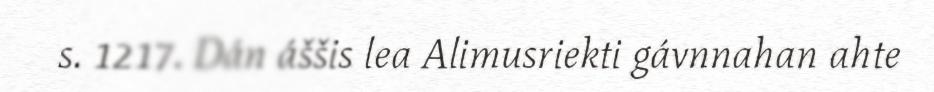
s. 1217. Dán áššis lea Alimusriekti gávnnahan ahte